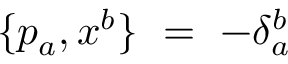
\{ p _ { a } , x ^ { b } \} \ = \ - \delta _ { a } ^ { b }